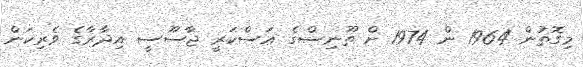
މިގޮތުން 1964 ން 1974 ށް ތޫނިސްގެ ޢަސްކަރީ ޖާސޫސީ އިދާރާގެ ވެރިކަން